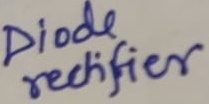
Text: Diode rectifier